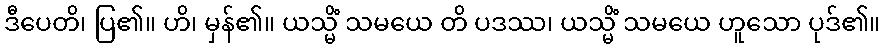
ဒီပေတိ၊ ပြ၏။ ဟိ၊ မှန်၏။ ယသ္မိံ သမယေ တိ ပဒဿ၊ ယသ္မိံ သမယေ ဟူသော ပုဒ်၏။